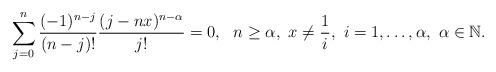
LaTeX: \begin{align*}\sum_{j=0}^{n}\frac{(-1)^{n-j}}{(n-j)!}\frac{(j-nx)^{n-\alpha}}{j!}=0,~~n\geq \alpha,~x\neq \frac{1}{i}, ~i=1,\ldots,\alpha,~\alpha\in\mathbb{N}.\end{align*}